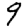
Digit: 9